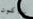
ساكون